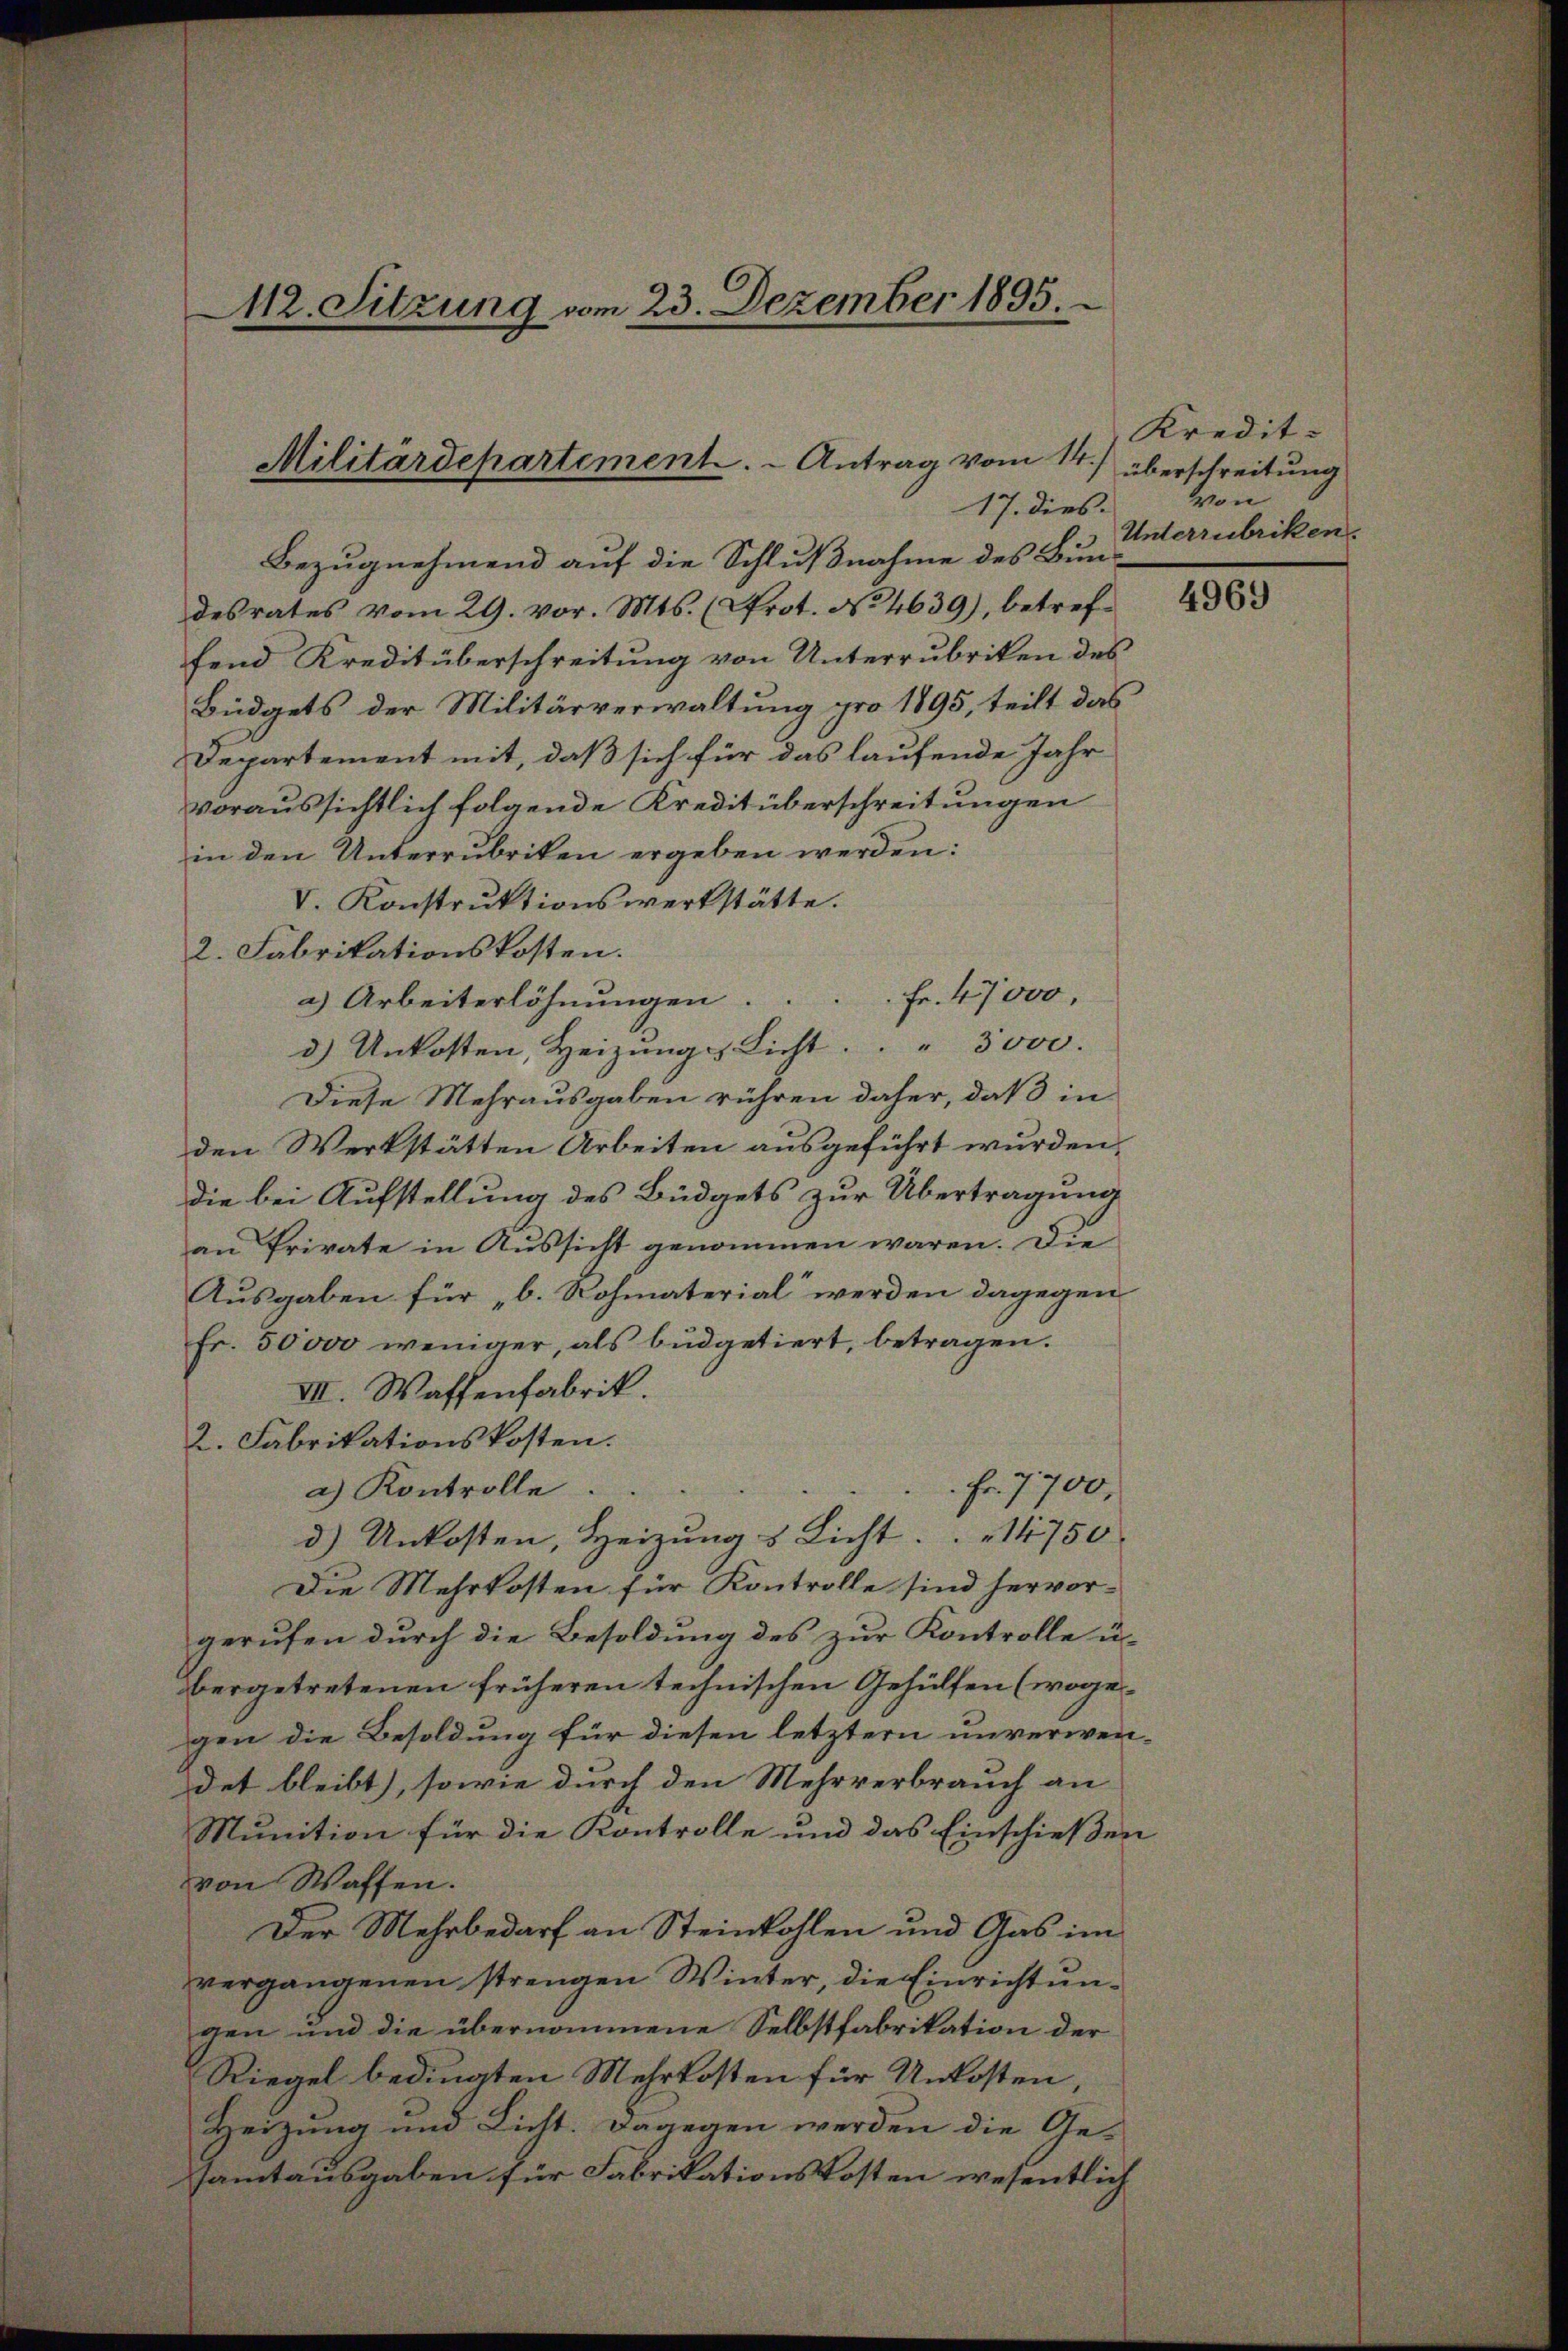
112. Sitzung vom 23. Dezember 1895.

Militärdepartement. - Antrag vom 14.)
17. dies

Bezugnehmend auf die Schlußnahme des Bun-
desrates vom 29. vor. Mts. (Prot. No 4639), betreffend Kreditüberschreitung von Unterrubriken des
Büdgets der Militärverwaltung pro 1895, teilt das
Departement mit, daß sich für das laufende Jahr
voraussichtlich folgende Kreditüberschreitungen
in den Unterrubriken ergeben werden:
V. Konstruktionswerkstätte.
2. Fabrikationskosten.
a) Arbeiterlöhnŭngen . . . . Fr. 47000.
3) Unkosten, Heizung & Licht. 3000.
Diese Mehrausgaben rühren daher, daß in
den Werkstätten Arbeiten ausgeführt wurden.
die bei Aufstellung des Büdgets zur Übertragung
an Private in Aussicht genommen wären. Die
Ausgaben für „b. Rohmaterial werden dagegen
Fr. 50000 weniger, als büdgetiert, betragen.
III. Waffenfabrik.
2. Fabrikationskosten.
Fr. 7700,
a) Kontrolle.
d) Unkosten, Heizung & Licht. 14750
Die Mehrkosten für Kontrolle sind hervorgerufen durch die Besoldung des zur Kontrolle ü-
bergetretenen früheren technischen Gehülfen (wogegen die Besoldung für diesen letztern unverwendet bleibt), sowie durch den Mehrverbrauch an
Munition für die Kontrolle und das Einschießen
von Waffen.
Der Mehrbedarf an Steinkohlen und Gas im
vergangenen strengen Winter, die Einrichtungen und die übernommene Selbstfabrikation der
Riegel bedingten Mehrkosten für Unkosten,
Heizung und Licht. Dagegen werden die Gesamtausgaben für Fabrikationskosten wesentlich

Kredit-
überschreitung
von
Unterzubriken.

4969